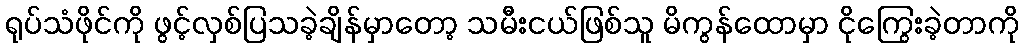
ရုပ်သံဖိုင်ကို ဖွင့်လှစ်ပြသခဲ့ချိန်မှာတော့ သမီးငယ်ဖြစ်သူ မိကွန်ထောမှာ ငိုကြွေးခဲ့တာကို